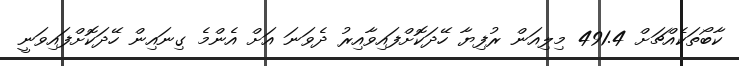
ކާބޯތަކެއްޗަށް 491.4 މިލިއަން ރުފިޔާ ހޭދަކޮށްފައިވާއިރު ދެވަނަ އަށް އެންމެ ގިނައިން ހޭދަކޮށްފައިވަނީ